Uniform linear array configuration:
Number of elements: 16
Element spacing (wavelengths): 0.75
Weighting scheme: hann
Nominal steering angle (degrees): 30
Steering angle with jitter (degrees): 28.773
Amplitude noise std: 0.05
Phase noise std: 0.05

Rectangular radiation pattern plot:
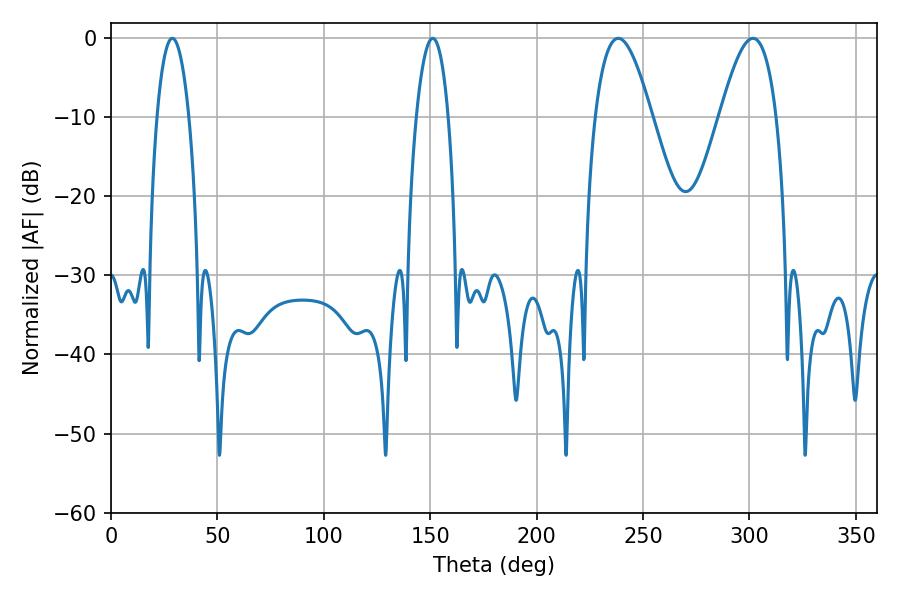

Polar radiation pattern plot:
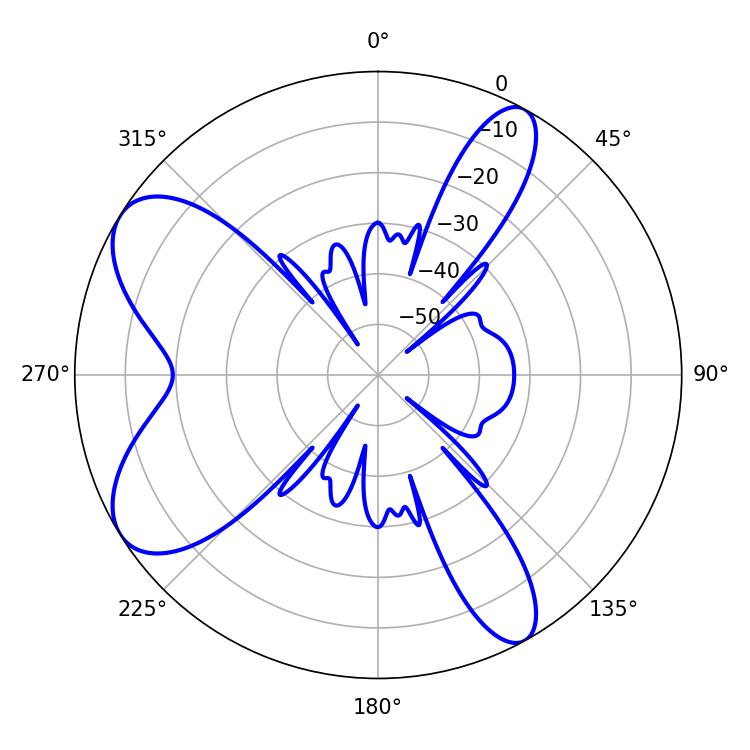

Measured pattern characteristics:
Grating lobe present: TRUE
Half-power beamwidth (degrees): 14.58
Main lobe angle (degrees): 238.32